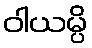
ဝါယမ္ပိ